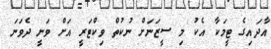
އާދައިގެ ޓީމަކާ އެކު މި ސީޒަނަށް ނުކުތް ވިކްޓަރީ އަށް ވަނީ ދެވަނަ